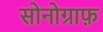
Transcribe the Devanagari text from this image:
सोनोग्राफ़